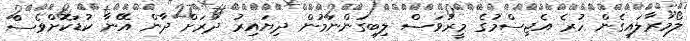
ލޯމަރާލައިގެން ހުރެ އެޖިސްމުގެ މީރުވަސް ލިބިގަންނަމުން ދިޔައިރު ދުރަށް ދާން އޭނާ ކުޑަކޮށްވެސް